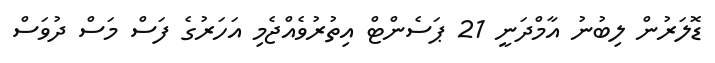
ޑޮލަރުން ލިބުނު އާމްދަނީ 21 ޕަސެންޓް އިތުރުވެއްޖެމި އަހަރުގެ ފަސް މަސް ދުވަސް